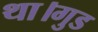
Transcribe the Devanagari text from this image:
था।गुड